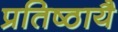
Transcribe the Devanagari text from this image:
प्रतिष्ठायै